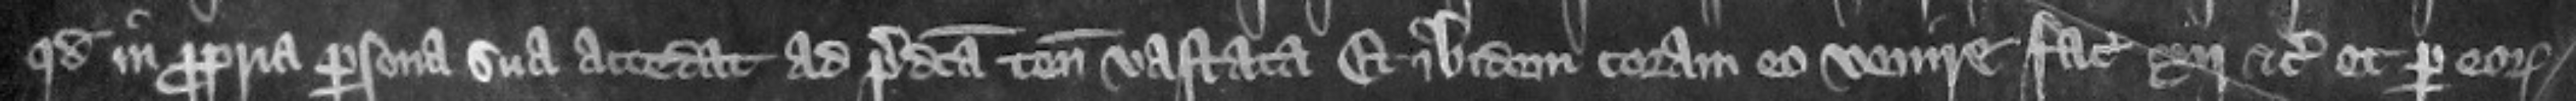
quod in propria persona sua accedat ad predicta tenementa vastata et ibidem coram eo venire faciat .xij. etc. et per corum